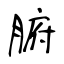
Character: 腑